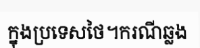
ក្នុងប្រទេសថៃ។ករណីឆ្លង